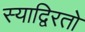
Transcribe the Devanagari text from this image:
स्याद्विरतो